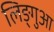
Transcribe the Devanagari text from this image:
लिङ्गुआ